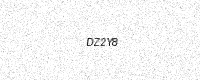
Text: DZ2Y8